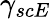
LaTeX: \gamma_{scE}